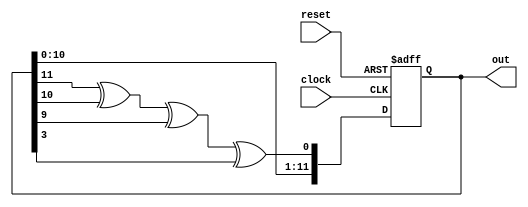
module random (out, clock, reset);
  input clock, reset;
  output reg [11:0] out;


  wire feedback;
  
  assign feedback = out[11] ^ out[10] ^ out[9] ^ out[3];

	always @(posedge clock, negedge reset)
	begin
		if (~reset)
			out <= 12'b111111111111;
		else
			out <= {out[10:0], feedback};
	end
endmodule